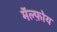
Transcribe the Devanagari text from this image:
मॅल्फ़ोय